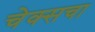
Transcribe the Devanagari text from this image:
चेक्सचा